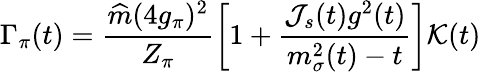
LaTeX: \Gamma_{\pi}(t)=\frac{\widehat m(4g_{\pi})^{2}}{Z_{\pi}}\left[1+\frac{{\cal J}_{s}(t)g^{2}(t)}{m_{\sigma}^{2}(t)-t}\right]{\cal K}(t)